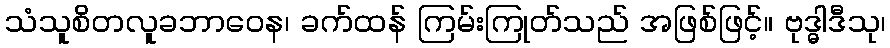
သံသူစိတလူခဘာဝေန၊ ခက်ထန် ကြမ်းကြုတ်သည် အဖြစ်ဖြင့်။ ဗုဒ္ဓါဒီသု၊